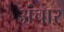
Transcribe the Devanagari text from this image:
अंचार